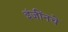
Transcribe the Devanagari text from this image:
इंजींनचे